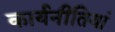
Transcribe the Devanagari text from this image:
कार्यनीतियां